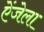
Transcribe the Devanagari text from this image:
ऐंजेला